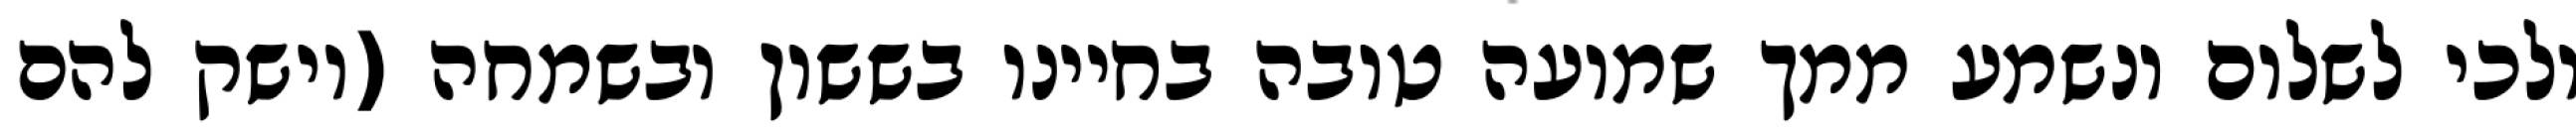
ולכי לשלום ונשמע ממך שמועה טובה בחיינו בששון ובשמחה (וישק להם